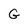
Character: G